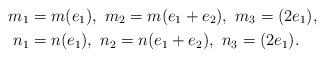
LaTeX: \begin{align*}m_{1}&=m(e_{1}),\ m_{2}=m(e_{1}+e_{2}),\ m_{3}=(2e_{1}),\\ n_{1}&=n(e_{1}),\ n_{2}=n(e_{1}+e_{2}),\ n_{3}=(2e_{1}).\end{align*}